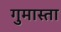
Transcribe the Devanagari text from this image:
गुमास्ता